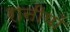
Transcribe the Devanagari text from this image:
रानीयों